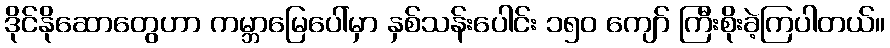
ဒိုင်နိုဆောတွေဟာ ကမ္ဘာမြေပေါ်မှာ နှစ်သန်းပေါင်း ၁၅၀ ကျော် ကြီးစိုးခဲ့ကြပါတယ်။